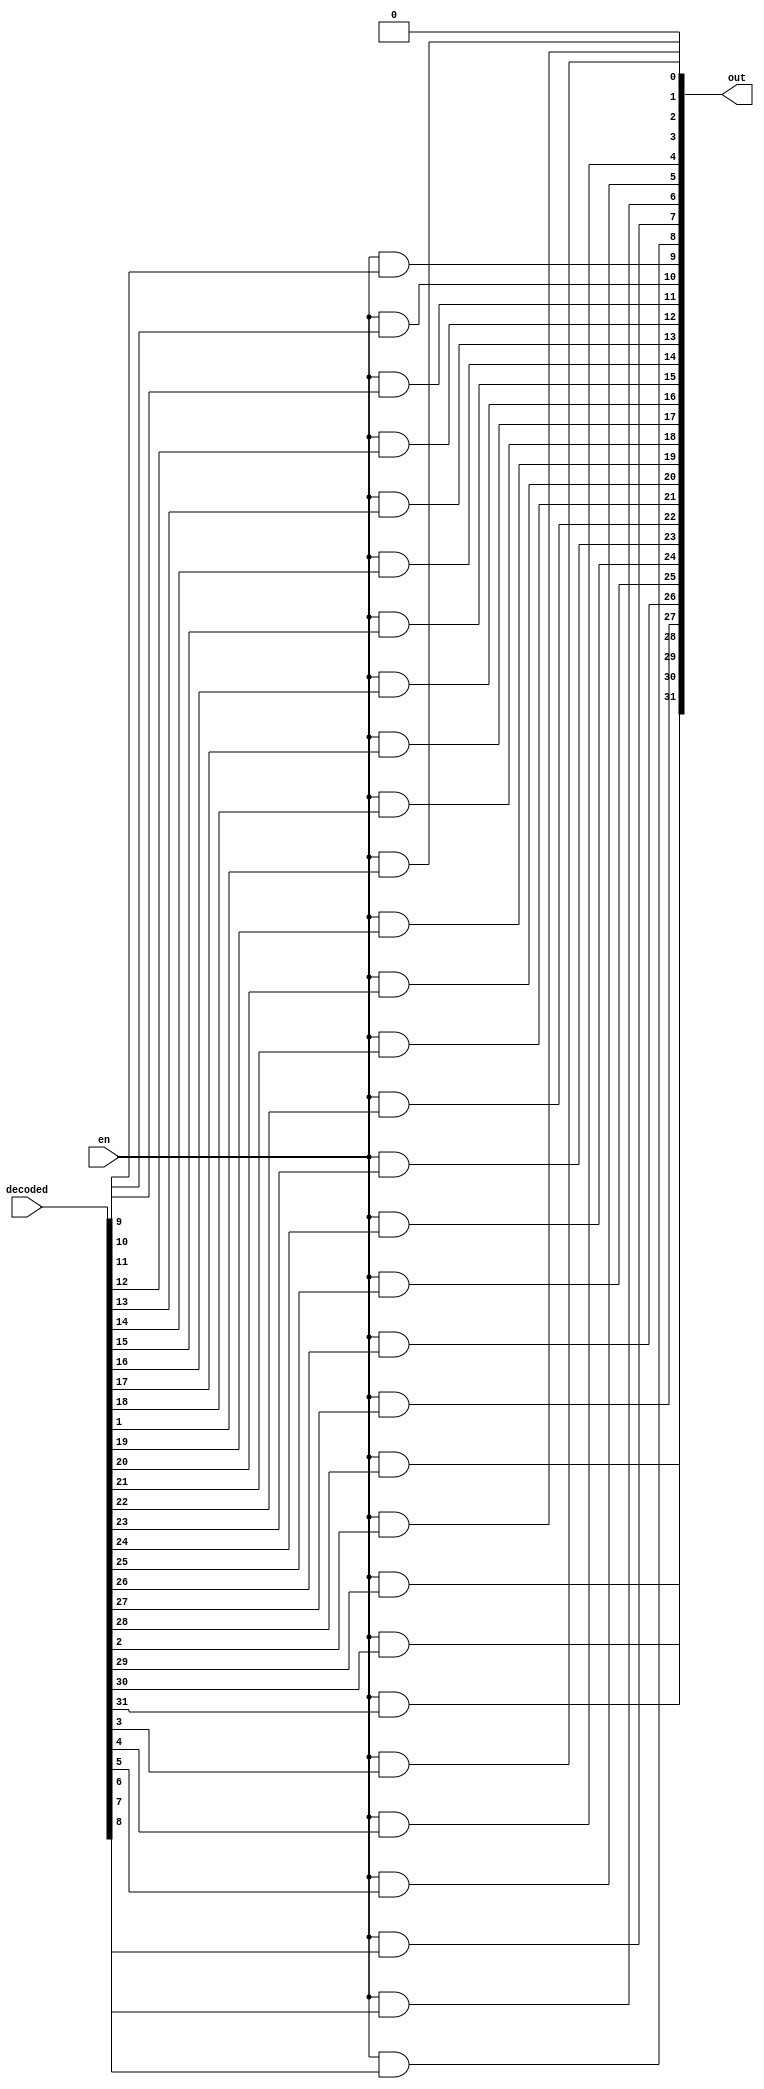
module decodeANDwe(en, decoded, out);

	input en;
	input [31:0] decoded;
	output [31:0] out;

	and 	and_0(out[0], en, 1'b0);				// Set write enable to constant 0 for reg0
	
	genvar c;
	generate
		for(c=1; c<32; c = c+1) begin: loop1
			and 	and_gate(out[c], en, decoded[c]);
		end
	endgenerate
	
endmodule